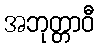
အဘုတ္တာဝီ